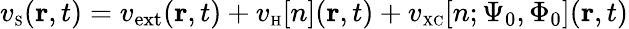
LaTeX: v_{\scriptscriptstyle\mathrm{S}}({\mathbf r},t)=v_{\mathrm{ext}}({\mathbf r},t)+v_{\scriptscriptstyle\mathrm{H}}[n]({\mathbf r},t)+v_{\scriptscriptstyle\mathrm{XC}}[n;\Psi_{0},\Phi_{0}]({\mathbf r},t)